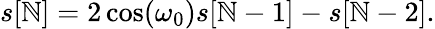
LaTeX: s[\mathbb{N}]=2\cos(\omega_{0})s[\mathbb{N}-1]-s[\mathbb{N}-2].